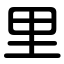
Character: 里